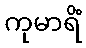
ကုမာရိံ